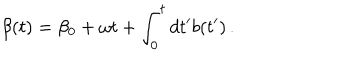
\beta ( t ) = \beta _ { 0 } + \omega t + \int _ { 0 } ^ { t } d t ^ { \prime } b ( t ^ { \prime } ) \, .